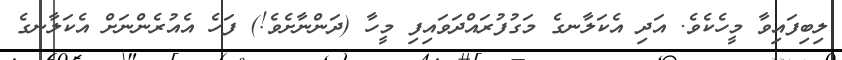
ލިބިފައިވާ މީހެކެވެ. އަދި އެކަލާނގެ މަގުފުރައްދަވައިފި މީހާ (ދަންނާށެވެ!) ފަހެ އެއުރެންނަށް އެކަލާނގެ